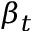
\beta _ { t }